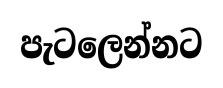
පැටලෙන්නට